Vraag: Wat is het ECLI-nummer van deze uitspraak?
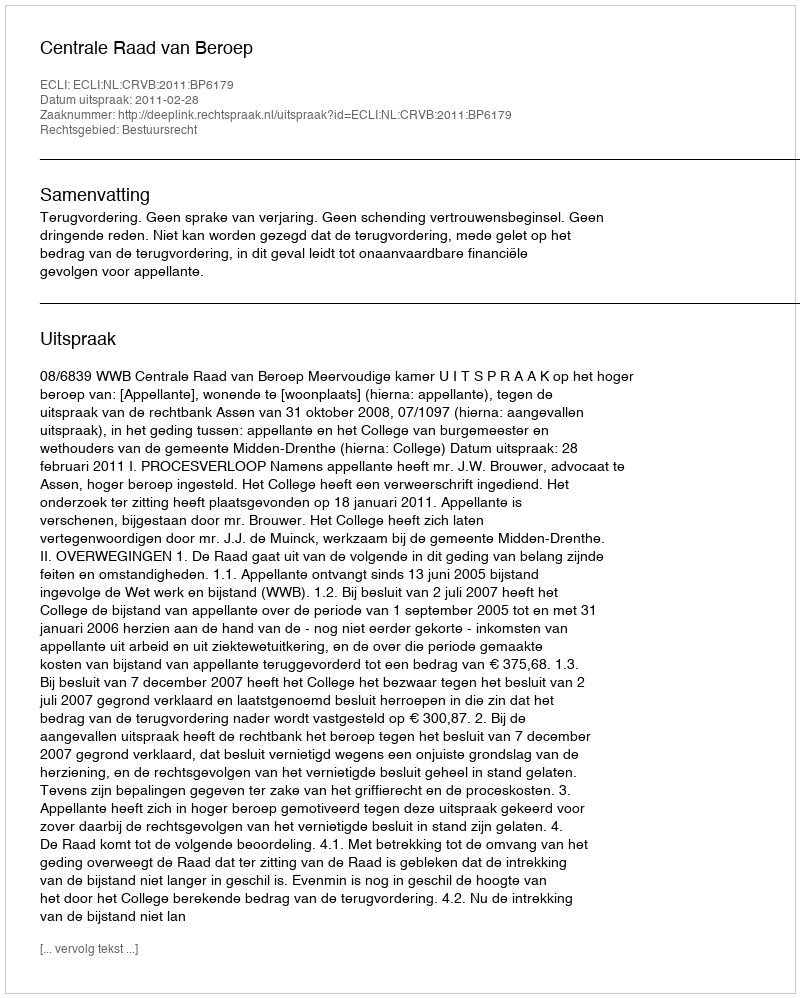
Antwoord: ECLI:NL:CRVB:2011:BP6179